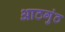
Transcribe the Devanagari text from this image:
आठगुंठ